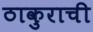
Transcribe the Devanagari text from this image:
ठाकुराची